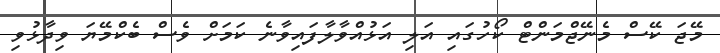
މޭޖަ ކޭސް މެނޭޖްމަންޓް ކޯހުގައި އަލި އަޅުއްވާލާފައިވާނެ ކަމަށް ވެސް ބެކްމޭޔަ ވިދާޅުވި